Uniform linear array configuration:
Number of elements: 32
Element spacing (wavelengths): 0.25
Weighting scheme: hann
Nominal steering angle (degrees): -60
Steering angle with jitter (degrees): -60.437
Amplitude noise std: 0.05
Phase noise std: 0.05

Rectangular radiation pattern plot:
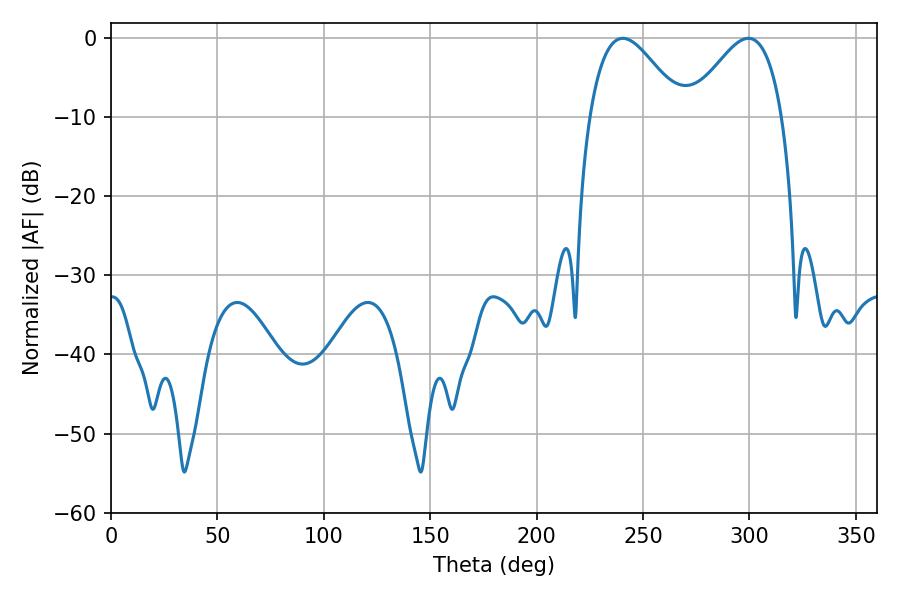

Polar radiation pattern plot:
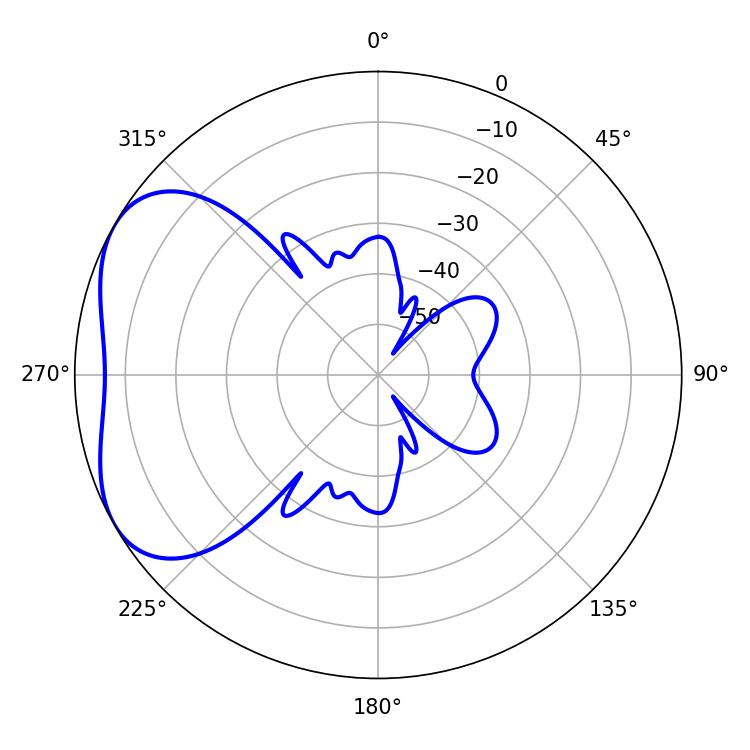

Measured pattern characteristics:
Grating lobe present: FALSE
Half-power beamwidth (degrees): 23.4
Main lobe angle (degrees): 240.48